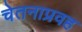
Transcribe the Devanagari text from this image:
चेतनाप्रवह